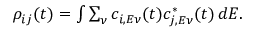
\begin{array} { r } { \rho _ { i j } ( t ) = \int \sum _ { \nu } c _ { i , E \nu } ( t ) c _ { j , E \nu } ^ { \ast } ( t ) \, d E . } \end{array}